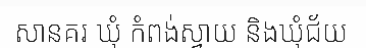
សានគរ ឃុំ កំពង់ស្វាយ និងឃុំជ័យ